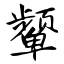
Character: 颦